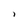
Character: 1